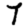
Digit: 7